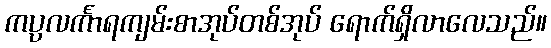
ကပ္ပလင်္ကာရကျမ်းစာအုပ်တစ်အုပ် ရောက်ရှိလာလေသည်။